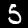
Label: 5